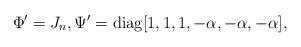
LaTeX: \begin{align*}\Phi'=J_n,\Psi'=\mathrm{diag}[1,1,1,-\alpha,-\alpha,-\alpha],\end{align*}